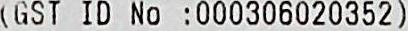
(GST ID NO :000306020352)